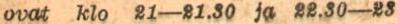
ovat klo 21-21.30 ja 22.30-23